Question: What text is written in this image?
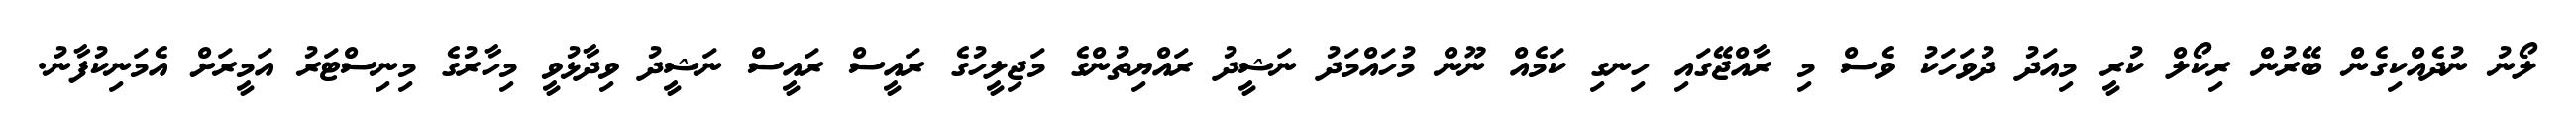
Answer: ލޯނު ނުދެއްކިގެން ބޭރުން ރިކޯލް ކުރީ މިއަދު ދުވަހަކު ވެސް މި ރާއްޖޭގައި ހިނގި ކަމެއް ނޫން މުހައްމަދު ނަޝީދު ރައްޔިތުންގެ މަޖިލީހުގެ ރައީސް ރައީސް ނަޝީދު ވިދާޅުވީ މިހާރުގެ މިނިސްޓަރު އަމީރަށް އެމަނިކުފާނު.